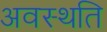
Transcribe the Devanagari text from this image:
अवस्थति